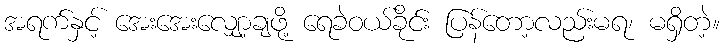
အရက်နှင့် အေးအေးလျှော့ချဖို့ ရေခဲဝယ်ခိုင်း ပြန်တော့လည်းမရ၊ မရှိတဲ့။